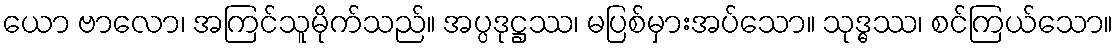
ယော ဗာလော၊ အကြင်သူမိုက်သည်။ အပ္ပဒုဋ္ဌဿ၊ မပြစ်မှားအပ်သော။ သုဒ္ဓဿ၊ စင်ကြယ်သော။